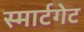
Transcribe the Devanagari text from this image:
स्मार्टगेट